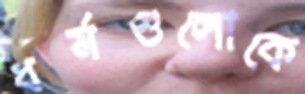
ধর্মগুলোকে